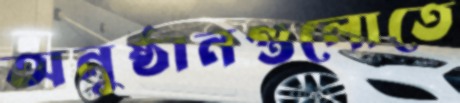
অনুষ্ঠানগুলোতে